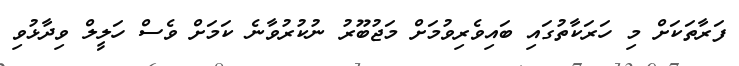
ފަރާތަކަށް މި ހަރަކާތުގައި ބައިވެރިވުމަށް މަޖުބޫރު ނުކުރުވާނެ ކަމަށް ވެސް ހަލީލް ވިދާޅުވި